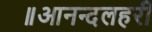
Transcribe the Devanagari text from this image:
॥आनन्दलहरी